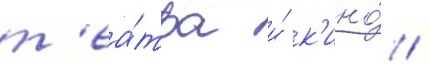
т'еа́тра и́ к'ино́ /